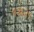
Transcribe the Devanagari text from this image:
१२६२१